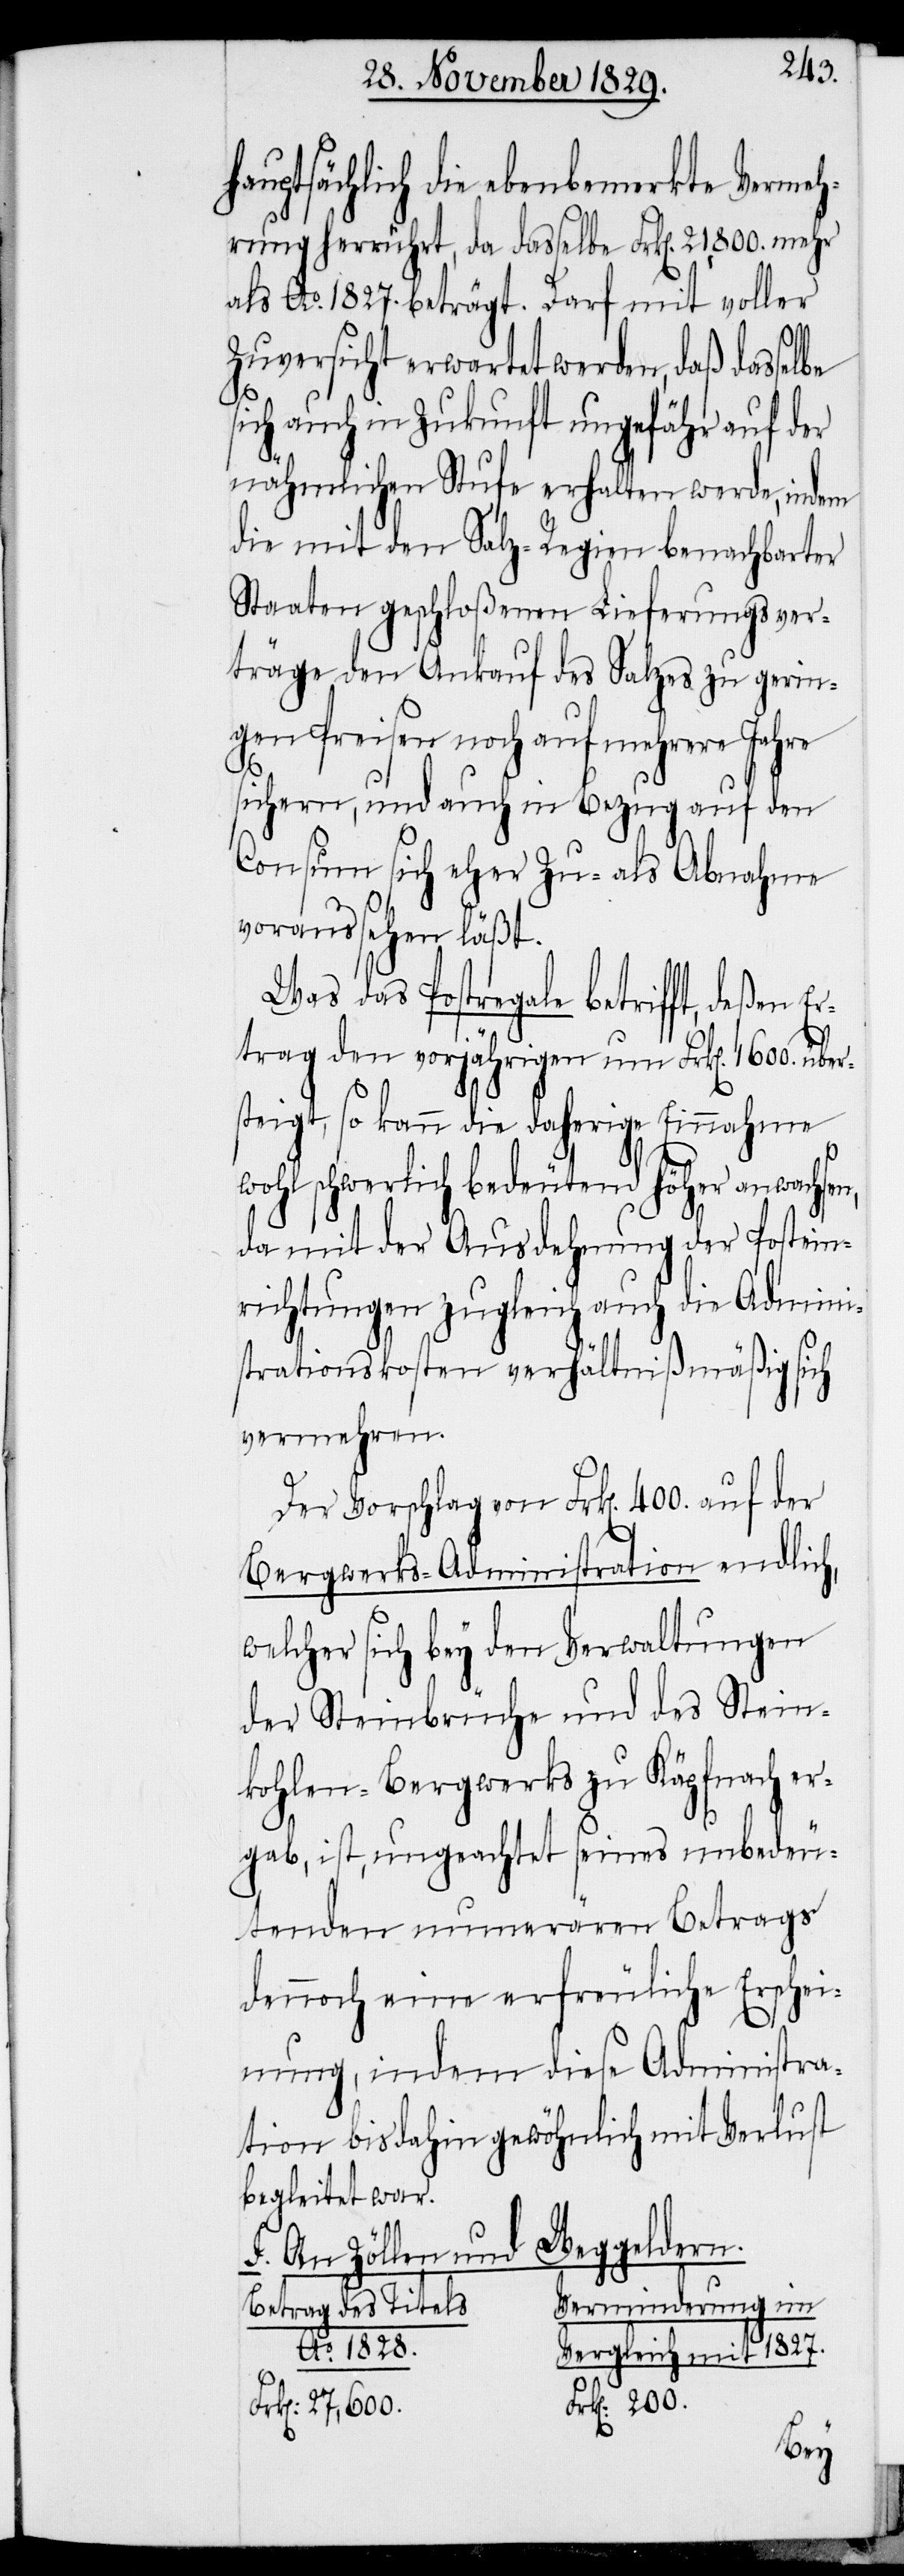
hauptsächlich die ebenbemerkte Vermeh¬
rung herrührt, da dasselbe Frk[en]. 21,800. mehr
als Ao. 1827. beträgt. Darf mit voller
Zuversicht erwartet werden, daß dasse¬
sich auch in Zukunft ungefähr auf der
nähmlichen Stufe erhalten werde, indem
die mit den Salz-Regien benachbarter
Staaten geschloßenen Lieferungsver¬
träge den Ankauf des Salzes zu gerin¬
gen Preisen noch auf mehrere Jahre
sichern, und auch in Bezug auf den
Consum sich eher Zu- als Abnahme
voraussehen läßt.
Was das Postregale betrifft, deßen E¬
rtrag den vorjährigen um Frk[en]. 1600. über¬
steigt, so kann die daherige Einnahme
wohl schwerlich bedeutend höher anwachsen,
da mit der Ausdehnung der Postein¬
richtungen zugleich auch die Admini¬
strationskosten verhältnißmäßig sich
vermehren.
Der Vorschlag von Frk[en]. 400. auf der
Bergwerks-Administration endlich,
welcher sich bey den Verwaltungen
der Steinbrüche und des Stein¬
kohlen-Bergwerks zu Käpfnach er¬
gab, ist, ungeachtet seines unbedeu¬
tenden numerären Betrags
dennoch eine erfreuliche Erschei¬
nung, indem diese Administra¬
tion bisdahin gewöhnlich mit Verlust
begleitet war.
F. An Zöllen und Weggeldern.
Verminderung im
Betrag des Titels.
Ao. 1828.
Frk[en]. 200.
lbe